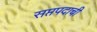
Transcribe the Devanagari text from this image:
सप्तपदाची